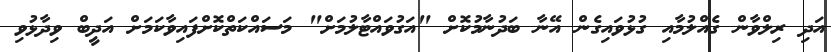
އަދި ރިލްވާން ގެއްލުމާއި ގުޅުވައިގެން އޭނާ ބަދުނާމުކޮށް "އަގުވައްޓާލުމަށް" މަސައްކަތްކޮށްފައިވާކަމަށް އަދީބް ވިދާޅުވި